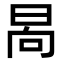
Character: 晑